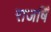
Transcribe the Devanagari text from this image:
राजषिँ